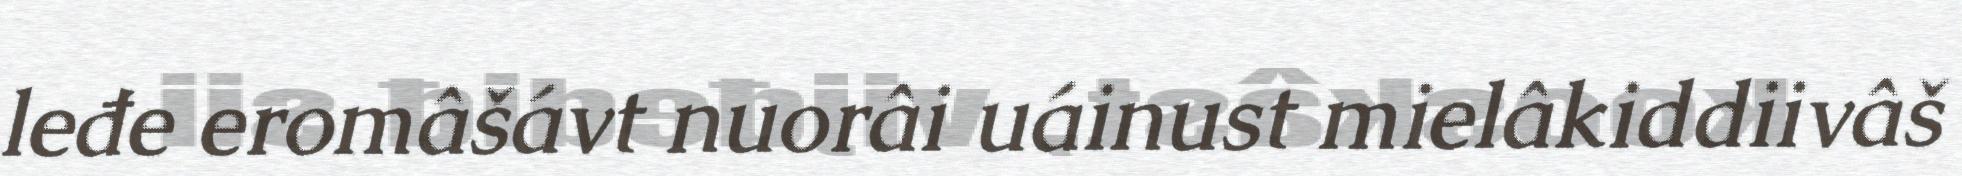
leđe eromâšávt nuorâi uáinust mielâkiddiivâš